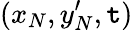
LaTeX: (x_{N},y_{N}^{\prime},\mathtt{t})